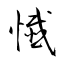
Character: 懺